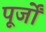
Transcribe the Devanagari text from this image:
पूर्जों